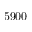
5 9 0 0